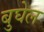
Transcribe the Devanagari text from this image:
बुघेल